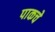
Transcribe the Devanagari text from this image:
पाकचे